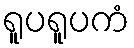
ရူပရူပကံ